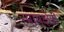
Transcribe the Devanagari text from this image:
न्यायक्षेत्रों